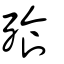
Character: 飱